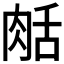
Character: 𦧘